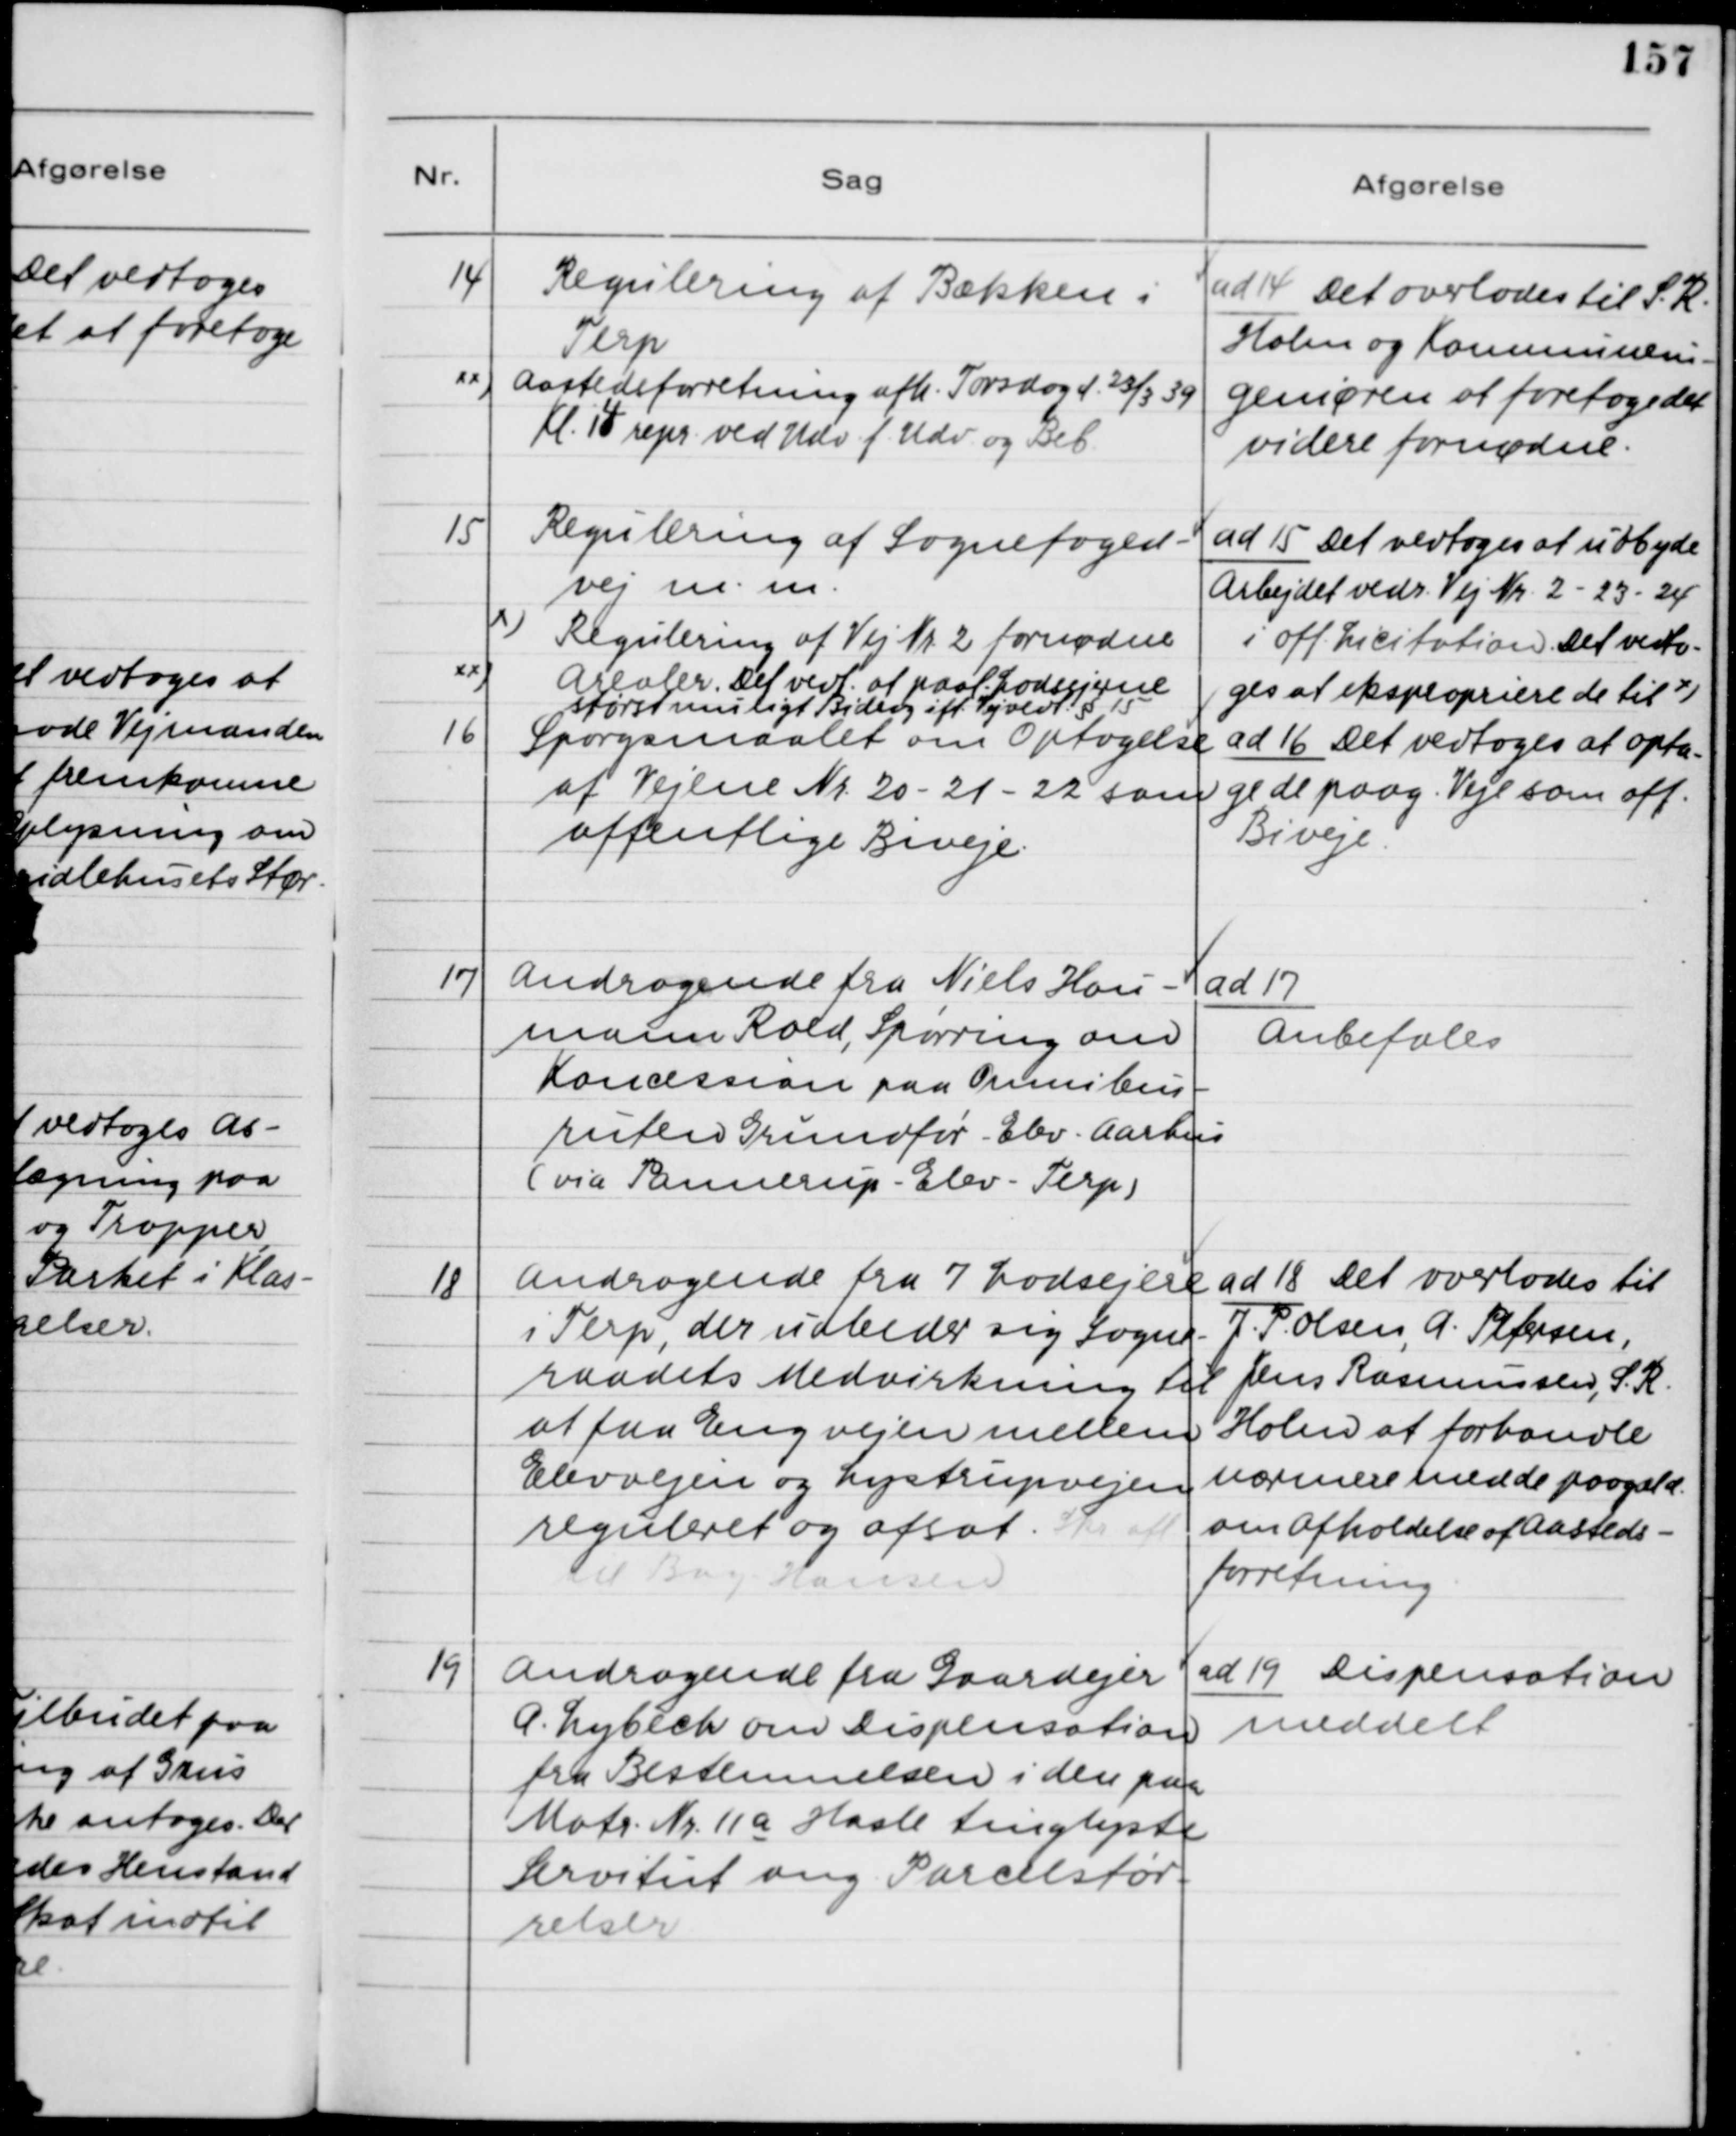
Transskription:
14. Regulering af Bækken i
Terp
xx)Aastedsforretning afh. Torsdag d. 23/3 39
Kl. 14 repr. ved Udv. f. Udv. og Beb.

ad 14. Det overlades til S. R.
Holm og Kommunein-
geniøren at foretage det
videre fornødne.

15. Regulering af Sognefoged-
vej m.m.
x) Regulering af Vej Nr. 2 fornødne
xx)Arealer. Det vedt. at paal. Lodsejerne
størst muligt Bidrag ift. Vejvedl. § 15

ad 15. Det vedtoges at udbyde
Arbejdet vedr. Vej Nr. 2 - 23 - 24
i off. Licitation. Det vedto-
ges at ekspropriere de til x)

16. Spørgsmaalet om Optagelse
af Vejene Nr. 20 - 21 - 22 som
offentlige Biveje.

ad 16. Det vedtoges at opta-
ge de paag. Veje som off.
Biveje.

17. Andragende fra Niels Hau-
mann Rold, Spørring om
Koncession paa Omnibus-
ruten Grundfør - Elev - Aarhus
(via Pannerup - Elev - Terp)

ad 17.
Anbefales

18 Andragende fra 7 Lodsejere
i Terp, der udbeder sig Sogne-
raadets Medvirken til
at faa Eng vejen mellem
Elevvejen og Lystrupvejen
reguleret og afsat. Skr. afl.
til Bay-Hansen

ad 18. Det overlades til
J. P. Olsen, A. Petersen,
Jens Rasmussen, S. R.
Holm at forhandle
nærværende med de paagæld.
om Afholdelse af Aasteds-
forretning.

19. Andragende fra Gaardejer
A. Lybech om Dispensation
fra Bestemmelsen i den paa
Matr. Nr. 11a Hasle tinglyste
Servitut ang. Parcelstør-
selser.

ad 19. Dispensation
meddelt